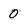
Character: 0